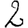
Digit: 2